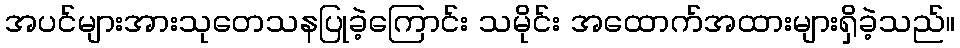
အပင်များအားသုတေသနပြုခဲ့ကြောင်း သမိုင်း အထောက်အထားများရှိခဲ့သည်။